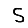
Digit: 5